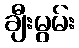
ချီးမွမ်း